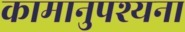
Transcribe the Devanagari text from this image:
कामानुपश्यना